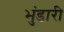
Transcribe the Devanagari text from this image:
भुंडारी